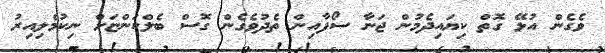
ވެގެން އުޅޭ ގޮތް ކިޔައިދެމުން ޖަނާ ސޯފާއިން ތެދުވެގެން ގޮސް ބެލްކަންޏަށް ނިކުމެލިއިރު